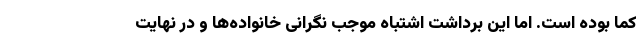
کما بوده است. اما این برداشت اشتباه موجب نگرانی خانواده‌ها و در نهایت